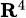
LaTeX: \scriptstyle\mathbf{R}^{4}